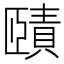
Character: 賾